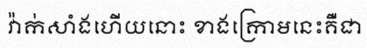
វ៉ាក់សាំងហើយនោះ ខាងក្រោមនេះគឺជា